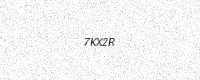
Text: 7KX2R